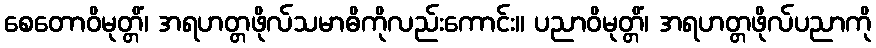
စေတောဝိမုတ္တိံ၊ အရဟတ္တဖိုလ်သမာဓိကိုလည်းကောင်း။ ပညာဝိမုတ္တိံ၊ အရဟတ္တဖိုလ်ပညာကို